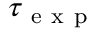
\tau _ { \mathrm { ~ e ~ x ~ p ~ } }